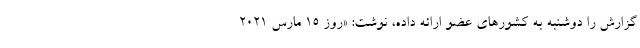
گزارش را دوشنبه به کشورهای عضو ارائه داده، نوشت: «روز 15 مارس 2021